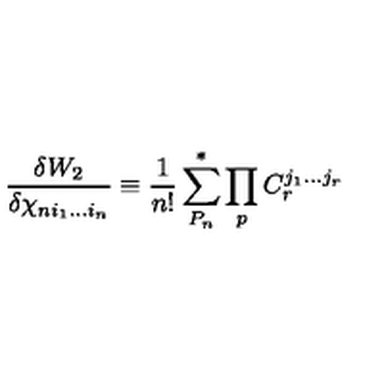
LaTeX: { \frac { \delta W _ { 2 } } { \delta \chi _ { n i _ { 1 } . . . i _ { n } } } } \equiv { \frac { 1 } { n ! } } \sum _ { P _ { n } } ^ { * } \prod _ { p } C _ { r } ^ { j _ { 1 } . . . j _ { r } }